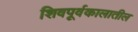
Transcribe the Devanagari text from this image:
शिवपूर्वकालातील